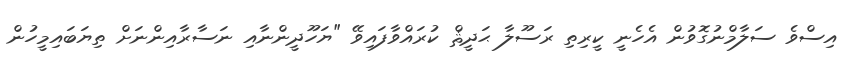
އިސްވެ ސަލާމްނުގޮވުން އެހެނީ ކީރިތި ރަސޫލާ ޙަދީޘް ކުރައްވާފައިވޭ "ޔަހޫދީންނާއި ނަސާރާއިންނަށް ތިޔަބައިމީހުން